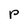
Character: p